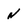
Character: N